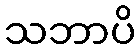
သဘာပိ